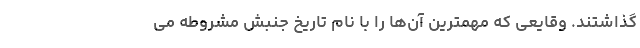
گذاشتند. وقایعی که مهمترین‌ آن‌ها را با نام تاریخ جنبش مشروطه می‌